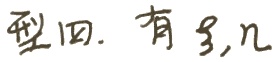
型四. 有 $\xi, \eta$